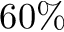
6 0 \%